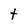
Character: t